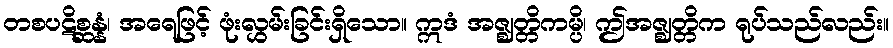
တစပဋိစ္ဆန္နံ၊ အရေဖြင့် ဖုံးလွှမ်းခြင်းရှိသော။ ဣဒံ အဇ္ဈတ္တိကမ္ပိ၊ ဤအဇ္ဈတ္တိက ရုပ်သည်လည်း။